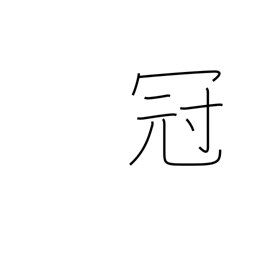
Meaning: best